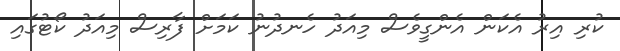
ކުރި އިރު އެކަން އެންގީވެސް މިއަދު ހެނދުނު ކަމަށް ފާރިސް މިއަދު ކޯޓުގައި